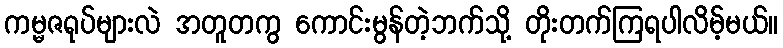
ကမ္မဇရုပ်များလဲ အတူတကွ ကောင်းမွန်တဲ့ဘက်သို့ တိုးတက်ကြရပါလိမ့်မယ်။